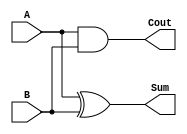
module HA(A,B,Sum,Cout);
input A,B;
output reg Sum,Cout;
always @(*)
begin
Sum = A^B;
Cout = A&B;
end
endmodule